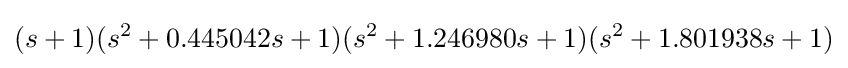
(s+1)(s^{2}+0.445042s+1)(s^{2}+1.246980s+1)(s^{2}+1.801938s+1)